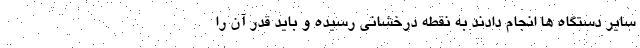
سایر دستگاه ها انجام دادند به نقطه درخشانی رسیده و باید قدر آن را